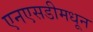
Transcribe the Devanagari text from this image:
एनएसडीमधून